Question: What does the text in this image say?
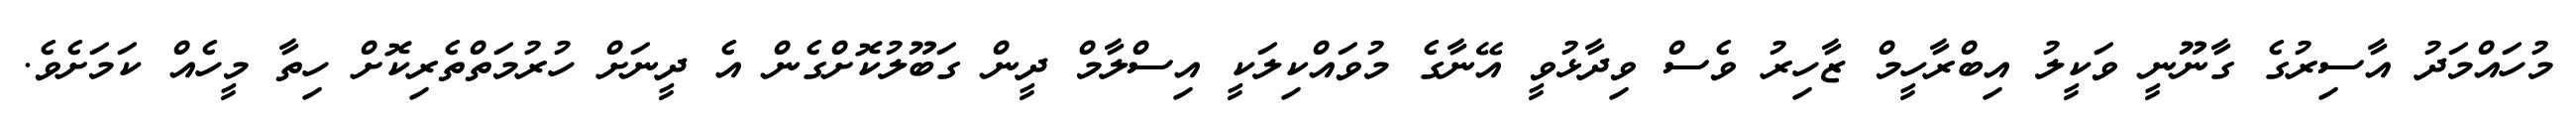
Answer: މުހައްމަދު އާސިރުގެ ގާނޫނީ ވަކީލު އިބްރާހީމް ޒާހިރު ވެސް ވިދާޅުވީ އޭނާގެ މުވައްކިލަކީ އިސްލާމް ދީން ގަބޫލުކޮށްގެން އެ ދީނަށް ހުރުމަތްތެރިކޮށް ހިތާ މީހެއް ކަމަށެވެ.